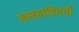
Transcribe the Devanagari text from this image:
कसबाविषयी